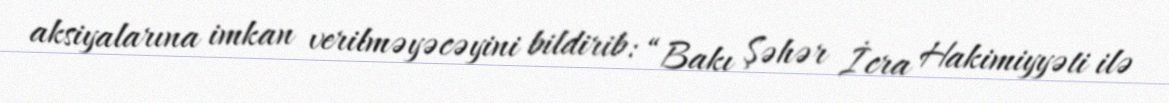
aksiyalarına imkan verilməyəcəyini bildirib: “Bakı Şəhər İcra Hakimiyyəti ilə